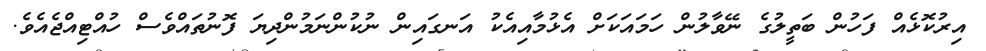
އިރުކޮޅެއް ފަހުން ބަތީލުގެ ނޭވާލުން ހަމައަކަށް އެޅުމާއިއެކު އަނގައިން ނުކުންނަމުންދިޔަ ފޮނުތައްވެސް ހުއްޓިއްޖެއެވެ.